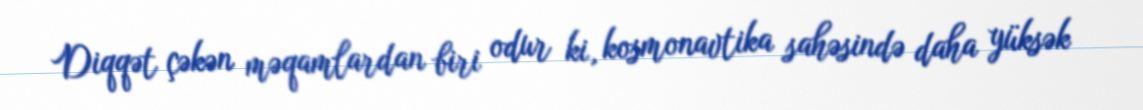
Diqqət çəkən məqamlardan biri odur ki, kosmonavtika sahəsində daha yüksək